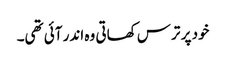
خود پر ترس کھاتی وہ اندر آئی تھی۔